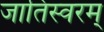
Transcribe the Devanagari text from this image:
जातिस्वरम्